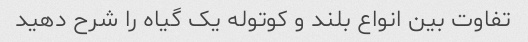
تفاوت بین انواع بلند و کوتوله یک گیاه را شرح دهید